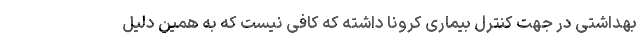
بهداشتی در جهت کنترل بیماری کرونا داشته که کافی نیست که به همین دلیل